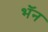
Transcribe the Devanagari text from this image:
भॅन